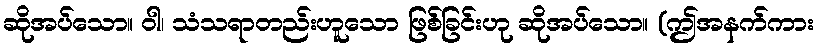
ဆိုအပ်သော။ ဝါ၊ သံသရာတည်းဟူသော ဖြစ်ခြင်းဟု ဆိုအပ်သော။ (ဤအနက်ကား